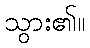
သွား၏။